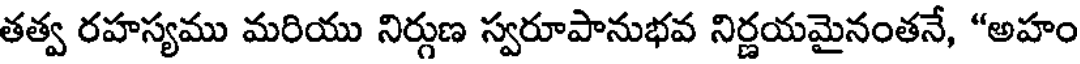
తత్వ రహస్యము మరియు నిర్గుణ స్వరూపానుభవ నిర్ణయమైనంతనే, "అహం